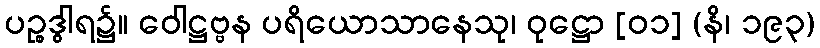
ပဉ္စဒွါရ၌။ ဝေါဋ္ဌဗ္ဗန ပရိယောသာနေသု၊ ဝုဋ္ဌော [၀၁] (နိ၊ ၁၉၃)